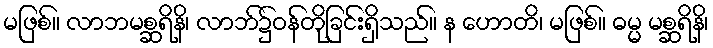
မဖြစ်။ လာဘမစ္ဆရိနိ၊ လာဘ်၌ဝန်တိုခြင်းရှိသည်။ န ဟောတိ၊ မဖြစ်။ ဓမ္မ မစ္ဆရိနိ၊